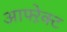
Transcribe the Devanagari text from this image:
आफ्ऱेक्ट